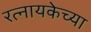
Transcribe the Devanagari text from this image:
रत्नायकेच्या